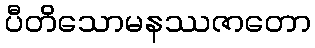
ပီတိသောမနဿဇာတော